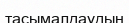
тасымалдаудың